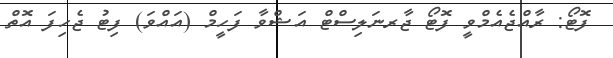
ފޮޓޯ: ރާއްޖެއެމްވީ ފޮޓޯ ޖާރނަލިސްޓް އަޝްވާ ފަހީމް (އައްވަ) ފިޓު ޖެހިފަ އޮތް